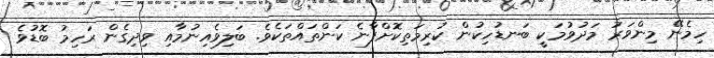
ހިމެނޭ މިންވަރު މަދުވުމަކީ ބަނޑުހިކުން ކުރިމަތިކޮށްފާނެ ކަންތައްތަކެވެ. ބަލިވެއިނުމާއި ވިދިގެން ރަހިމު ބޮޑުވެ